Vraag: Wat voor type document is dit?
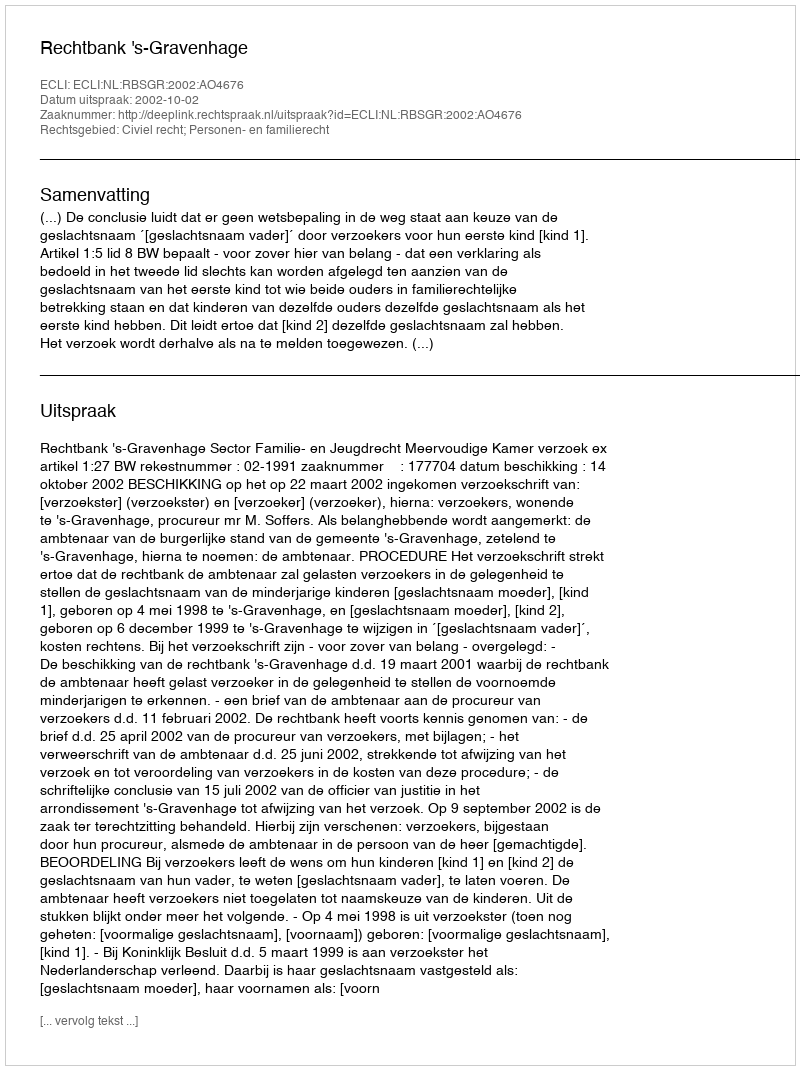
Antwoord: Uitspraak